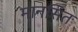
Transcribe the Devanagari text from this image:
मानसित